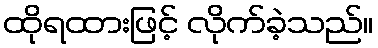
ထိုရထားဖြင့် လိုက်ခဲ့သည်။